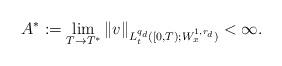
LaTeX: \begin{align*}A^* := \lim_{T\to T^*} \| v \|_{L^{q_d}_t([0, T);W_x^{1, r_d})} < \infty.\end{align*}